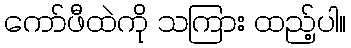
ကော်ဖီထဲကို သကြား ထည့်ပါ။